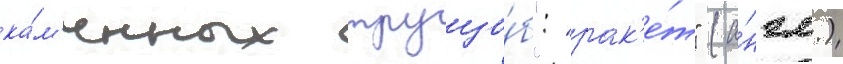
ка́м'енных трущо́б": "рак'е́т" (а́нгл.)